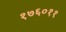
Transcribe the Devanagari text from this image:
१७६०११